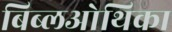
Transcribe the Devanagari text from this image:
बिब्लओथिका